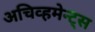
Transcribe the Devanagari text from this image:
अचिव्हमेन्ट्स